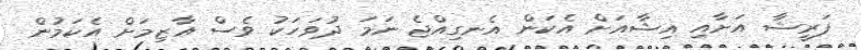
ފަރީޝާ އަށާއި އިޝާއަށް އެކަން އެނގިއްޖެ ނަމަ ދުވަހަކު ވެސް އާޒިމަށް އެކަމުން